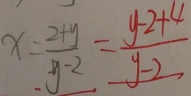
x = \frac { 2 + y } { y - 2 } = \frac { y - 2 + 4 } { y - 2 }